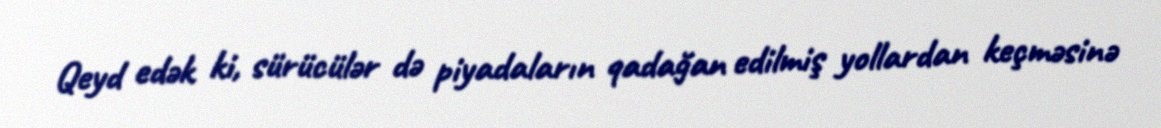
Qeyd edək ki, sürücülər də piyadaların qadağan edilmiş yollardan keçməsinə